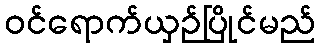
ဝင်ရောက်ယှဉ်ပြိုင်မည်